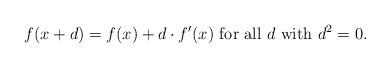
LaTeX: \begin{align*}f(x+d)= f(x)+d\cdot f'(x)\mbox{ for all } d \mbox{ with } d^{2}=0.\end{align*}